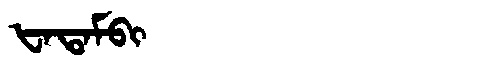
Manchu: ᡶᠠᡨᠠᠮᠪᡳ
Romanization: FATAMBI